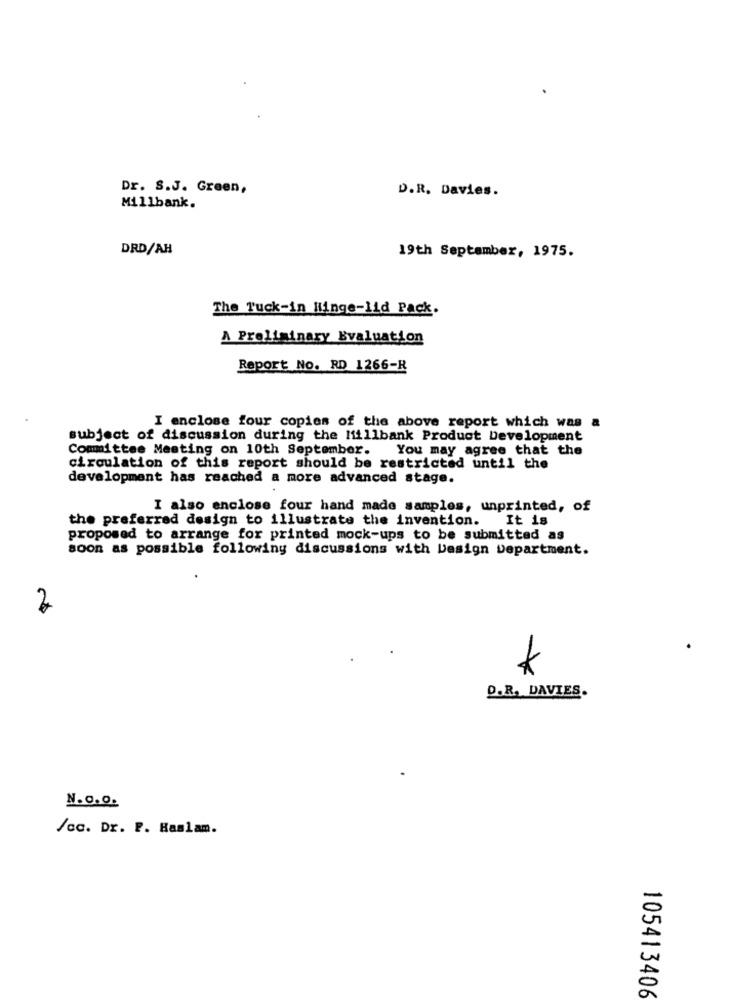
Dr. S.J. Green,
D.R. Davies.
Millbank.
DRD/AH
19th September, 1975.
The Tuck-in Hinge-lid Pack.
A Preliminary Evaluation
Report No. RD 1266-R
I enclose four copies of the above report which was a
subject of discussion during the Miillbank Product Development
Committee Meeting on 10th September. You may agree that the
circulation of this report should be restricted until the
development has reached a more advanced stage.
I also enclose four hand made samples, unprinted, of
the preferred design to illustrate the invention.
It is
proposed to arrange for printed mock-ups to be submitted as
soon as possible following discussions with Design Department.
2
D.R. DAVIES.
N.O.O.
/cc. Dr. P. Haslam.
105413406